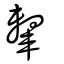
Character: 轚